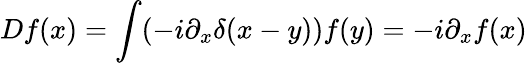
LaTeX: Df(x)=\int(-i\partial_{x}\delta(x-y))f(y)=-i\partial_{x}f(x)